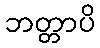
ဘတ္တာပိ